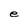
Character: e